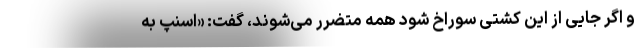
و اگر جایی از این کشتی سوراخ شود همه متضرر می‌شوند، گفت: «اسنپ به